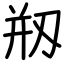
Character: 剏